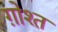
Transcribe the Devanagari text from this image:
ग़ोश्त